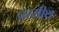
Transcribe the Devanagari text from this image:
प्ररसीय